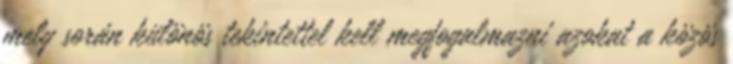
mely során különös tekintettel kell megfogalmazni azokat a közös